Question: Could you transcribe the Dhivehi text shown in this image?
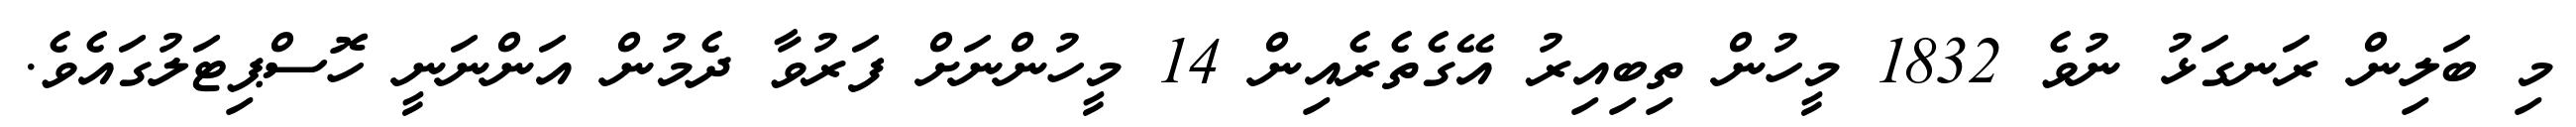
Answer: މި ބަލިން ރަނގަޅު ނުވެ 1832 މީހުން ތިބިއިރު އޭގެތެރެއިން 14 މީހުންނަށް ފަރުވާ ދެމުން އަންނަނީ ހޮސްޕިޓަލުގައެވެ.